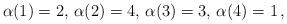
LaTeX: \begin{align*}\alpha(1)=2,\,\alpha(2)=4,\,\alpha(3)=3,\,\alpha(4)=1\,,\end{align*}